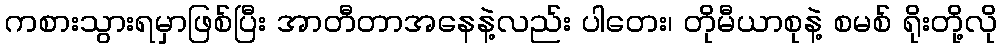
ကစားသွားရမှာဖြစ်ပြီး အာတီတာအနေနဲ့လည်း ပါတေး၊ တိုမီယာစုနဲ့ စမစ် ရိုးတို့လို